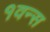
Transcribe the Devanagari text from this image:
१वन्स